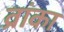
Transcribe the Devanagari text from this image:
व्रांका